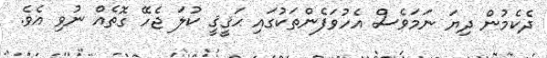
ދެކެމުން ދިޔަ ނަމަވެސް އެހުވަފެންތަކުގައި ޙަޤީޤީ ކުލަ ޖެހޭ ގޮތެއް ނުވި އެވެ.